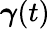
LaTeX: {\boldsymbol\gamma}(t)